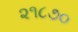
૨૧૮૭૦